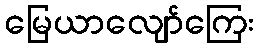
မြေယာလျော်ကြေး